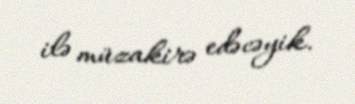
ilə müzakirə edəcəyik.